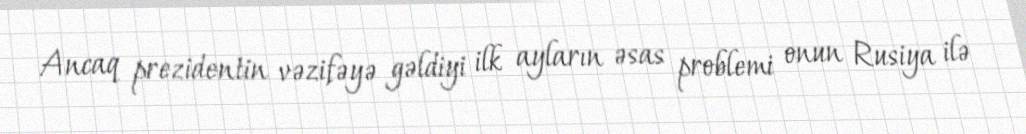
Ancaq prezidentin vəzifəyə gəldiyi ilk ayların əsas problemi onun Rusiya ilə